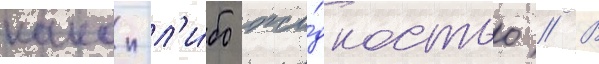
какои-л'и́бо жи́дкостью // В